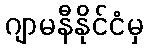
ဂျာမနီနိုင်ငံမှ